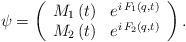
LaTeX: \begin{align*}\psi =\left( \begin{array}{l}M_{1}\left( t\right) \,\,\,\,e^{i\,F_{1}\left( q,t\right) } \\ M_{2}\left( t\right) \,\,\,\,e^{i\,F_{2}\left( q,t\right) }\end{array}\right) .\, \end{align*}